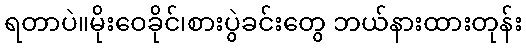
ရတာပဲ။မိုးဝေခိုင်၊စားပွဲခင်းတွေ ဘယ်နားထားတုန်း